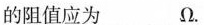
的阻值应为___ Ω.